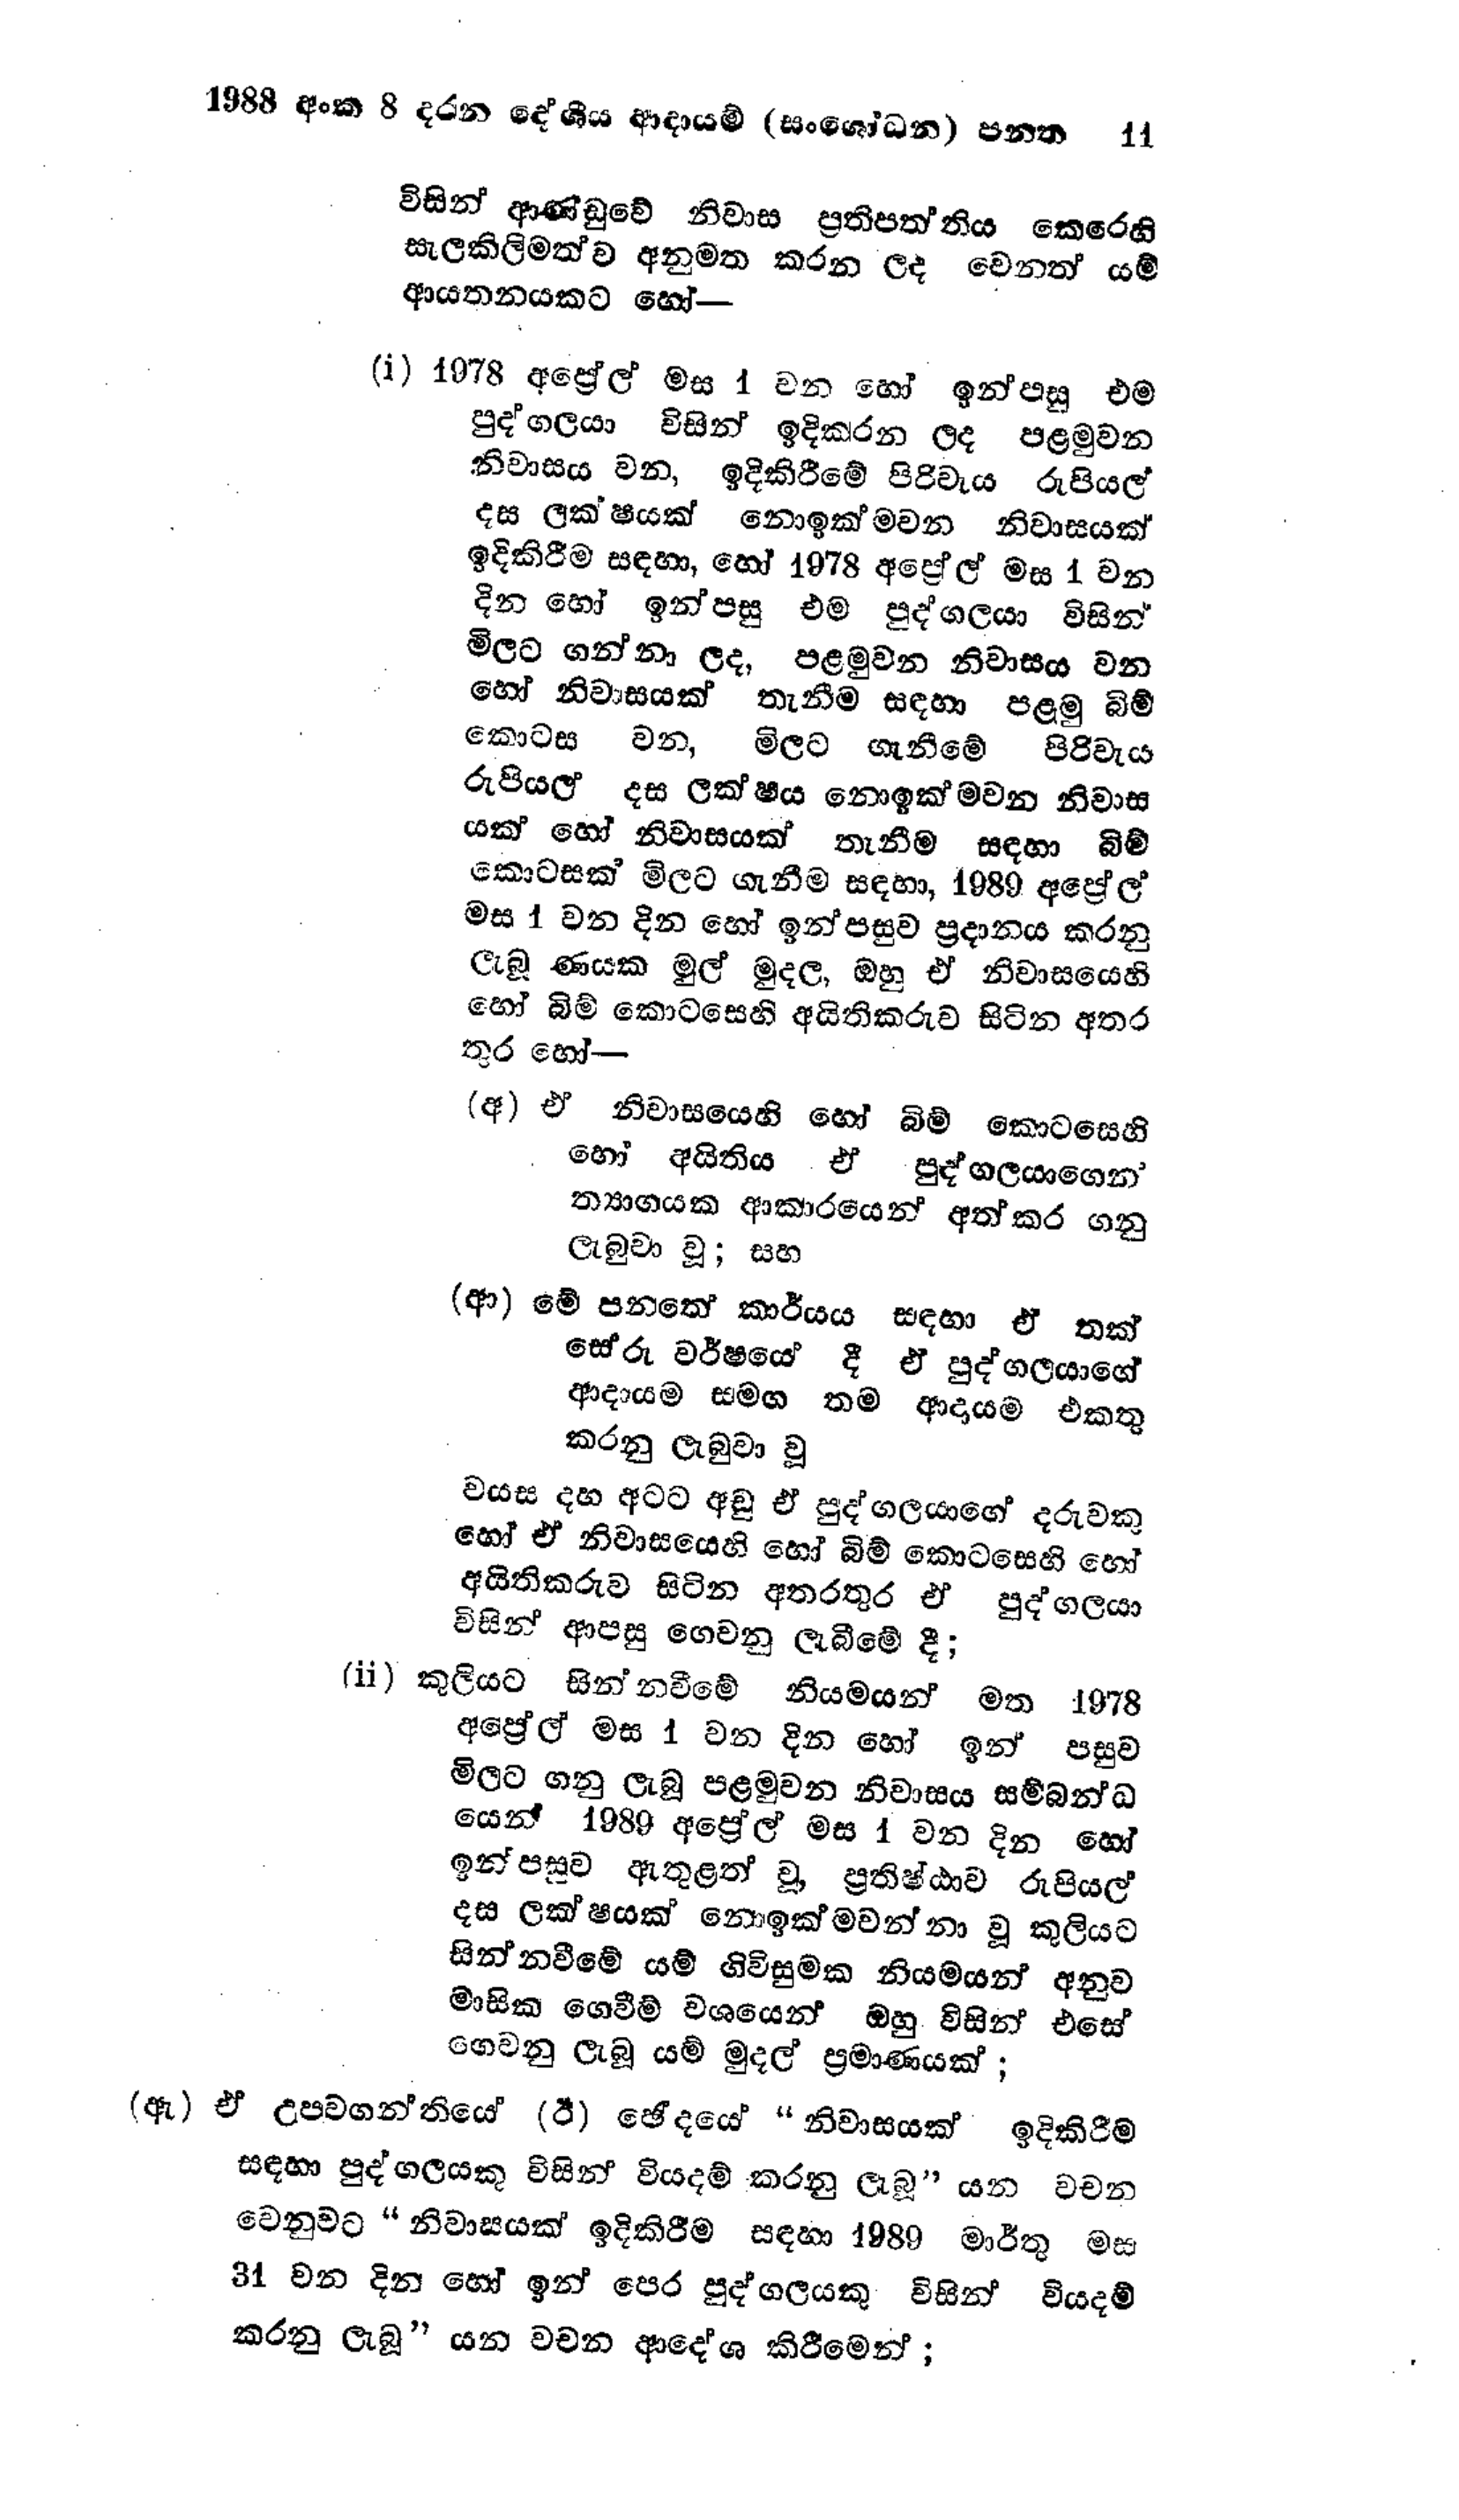
1988 අංක 8 දරන දේශීය ආදායම් (සංශෝධන) පනත 11

විසින් ආණ්ඩුවේ නිවාස ප්‍රතිපත්තිය කෙරෙහි
සැලකිලිමත්ව අනුමත කරන ලද වෙනත් යම්
ආයතනයකට හෝ-

(i) 1978 අප්‍රේල් මස 1 වන හෝ ඉන්පසු එම
පුද්ගලයා විසින් ඉදිකරන ලද පළමුවන
නිවාසය වන, ඉදිකිරීමේ පිරිවැය රුපියල්
දස ලක්ෂයක් නොඉක්මවන නිවාසයක්
ඉදිකිරීම සඳහා, හෝ 1978 අප්‍රේල් මස 1 වන
දින හෝ ඉන් පසු එම පුද්ගලයා විසින්
මිලට ගන්නා ලද, පළමුවන නිවාසය වන
හෝ නිවාසයක් තැනීම සඳහා පළමු බිම්
කොටස වන, මිලට ගැනීමේ පිරිවැය
රුපියල් දස ලක්ෂය නොඉක්මවන නිවාස
යක් හෝ නිවාසයක් තැනීම සඳහා බිම්
කොටසක් මිලට ගැනීම සඳහා, 1989 අප්‍රේල්
මස 1 වන දින හෝ ඉන්පසුව ප්‍රදානය කරනු
ලැබූ ණයක මුල් මුදල, ඔහු ඒ නිවාසයෙහි
හෝ බිම් කොටසෙහි අයිතිකරුව සිටින අතර
තුර හෝ -

(අ) ඒ නිවාසයෙහි හෝ බිම් කොටසෙහි
හෝ අයිතිය ඒ පුද්ගලයාගෙන
ත්‍යාගයක ආකාරයෙන් අත් කර ගනු
ලැබුවා වූ; සහ

(ආ) මේ පනතේ කාර්යය සඳහා ඒ තක්
සේරු වර්ෂයෙහි දී ඒ පුද්ගලයාගේ
ආදායම සමග තම ආදායම එකතු
කරනු ලැබුවා වූ

වයස දහ අටට අඩු ඒ පුද්ගලයාගේ දරුවකු
හෝ ඒ නිවාසයෙහි හෝ බිම් කොටසෙහි හෝ
අයිතිකරුව සිටින අතරතුර ඒ පුද්ගලයා
විසින් ආපසු ගෙවනු ලැබීමේ දී;

(ii) කුලියට සින්නවීමේ නියමයන් මත 1978
අප්‍රේල් මස 1 වන දින හෝ ඉන් පසුව
මිලට ගනු ලැබූ පළමුවන නිවාසය සම්බන්ධ
යෙන් 1989 අප්‍රේල් මස 1 වන දින හෝ
ඉන්පසුව ඇතුළත් වූ, ප්‍රතිෂ්ඨාව රුපියල්
දස ලක්ෂයක් නොඉක්මවන්නා වූ කුලියට
සින්නවීමේ යම් ගිවිසුමක නියමයන් අනුව
මාසික ගෙවීම් වශයෙන් ඔහු විසින් එසේ
ගෙවනු ලැබූ යම් මුදල් ප්‍රමාණයක් ;

(ඇ) ඒ උපවගන්තියේ (ඊ) ඡේදයේ "නිවාසයක් ඉදිකිරීම
සඳහා පුද්ගලයකු විසින් වියදම් කරනු ලැබූ ” යන වචන
වෙනුවට "නිවාසයක් ඉදිකිරීම සඳහා 1989 මාර්තු මස
31 වන දින හෝ ඉන් පෙර පුද්ගලයකු විසින් වියදම්
කරනු ලැබූ" යන වචන ආදේශ කිරීමෙන්;